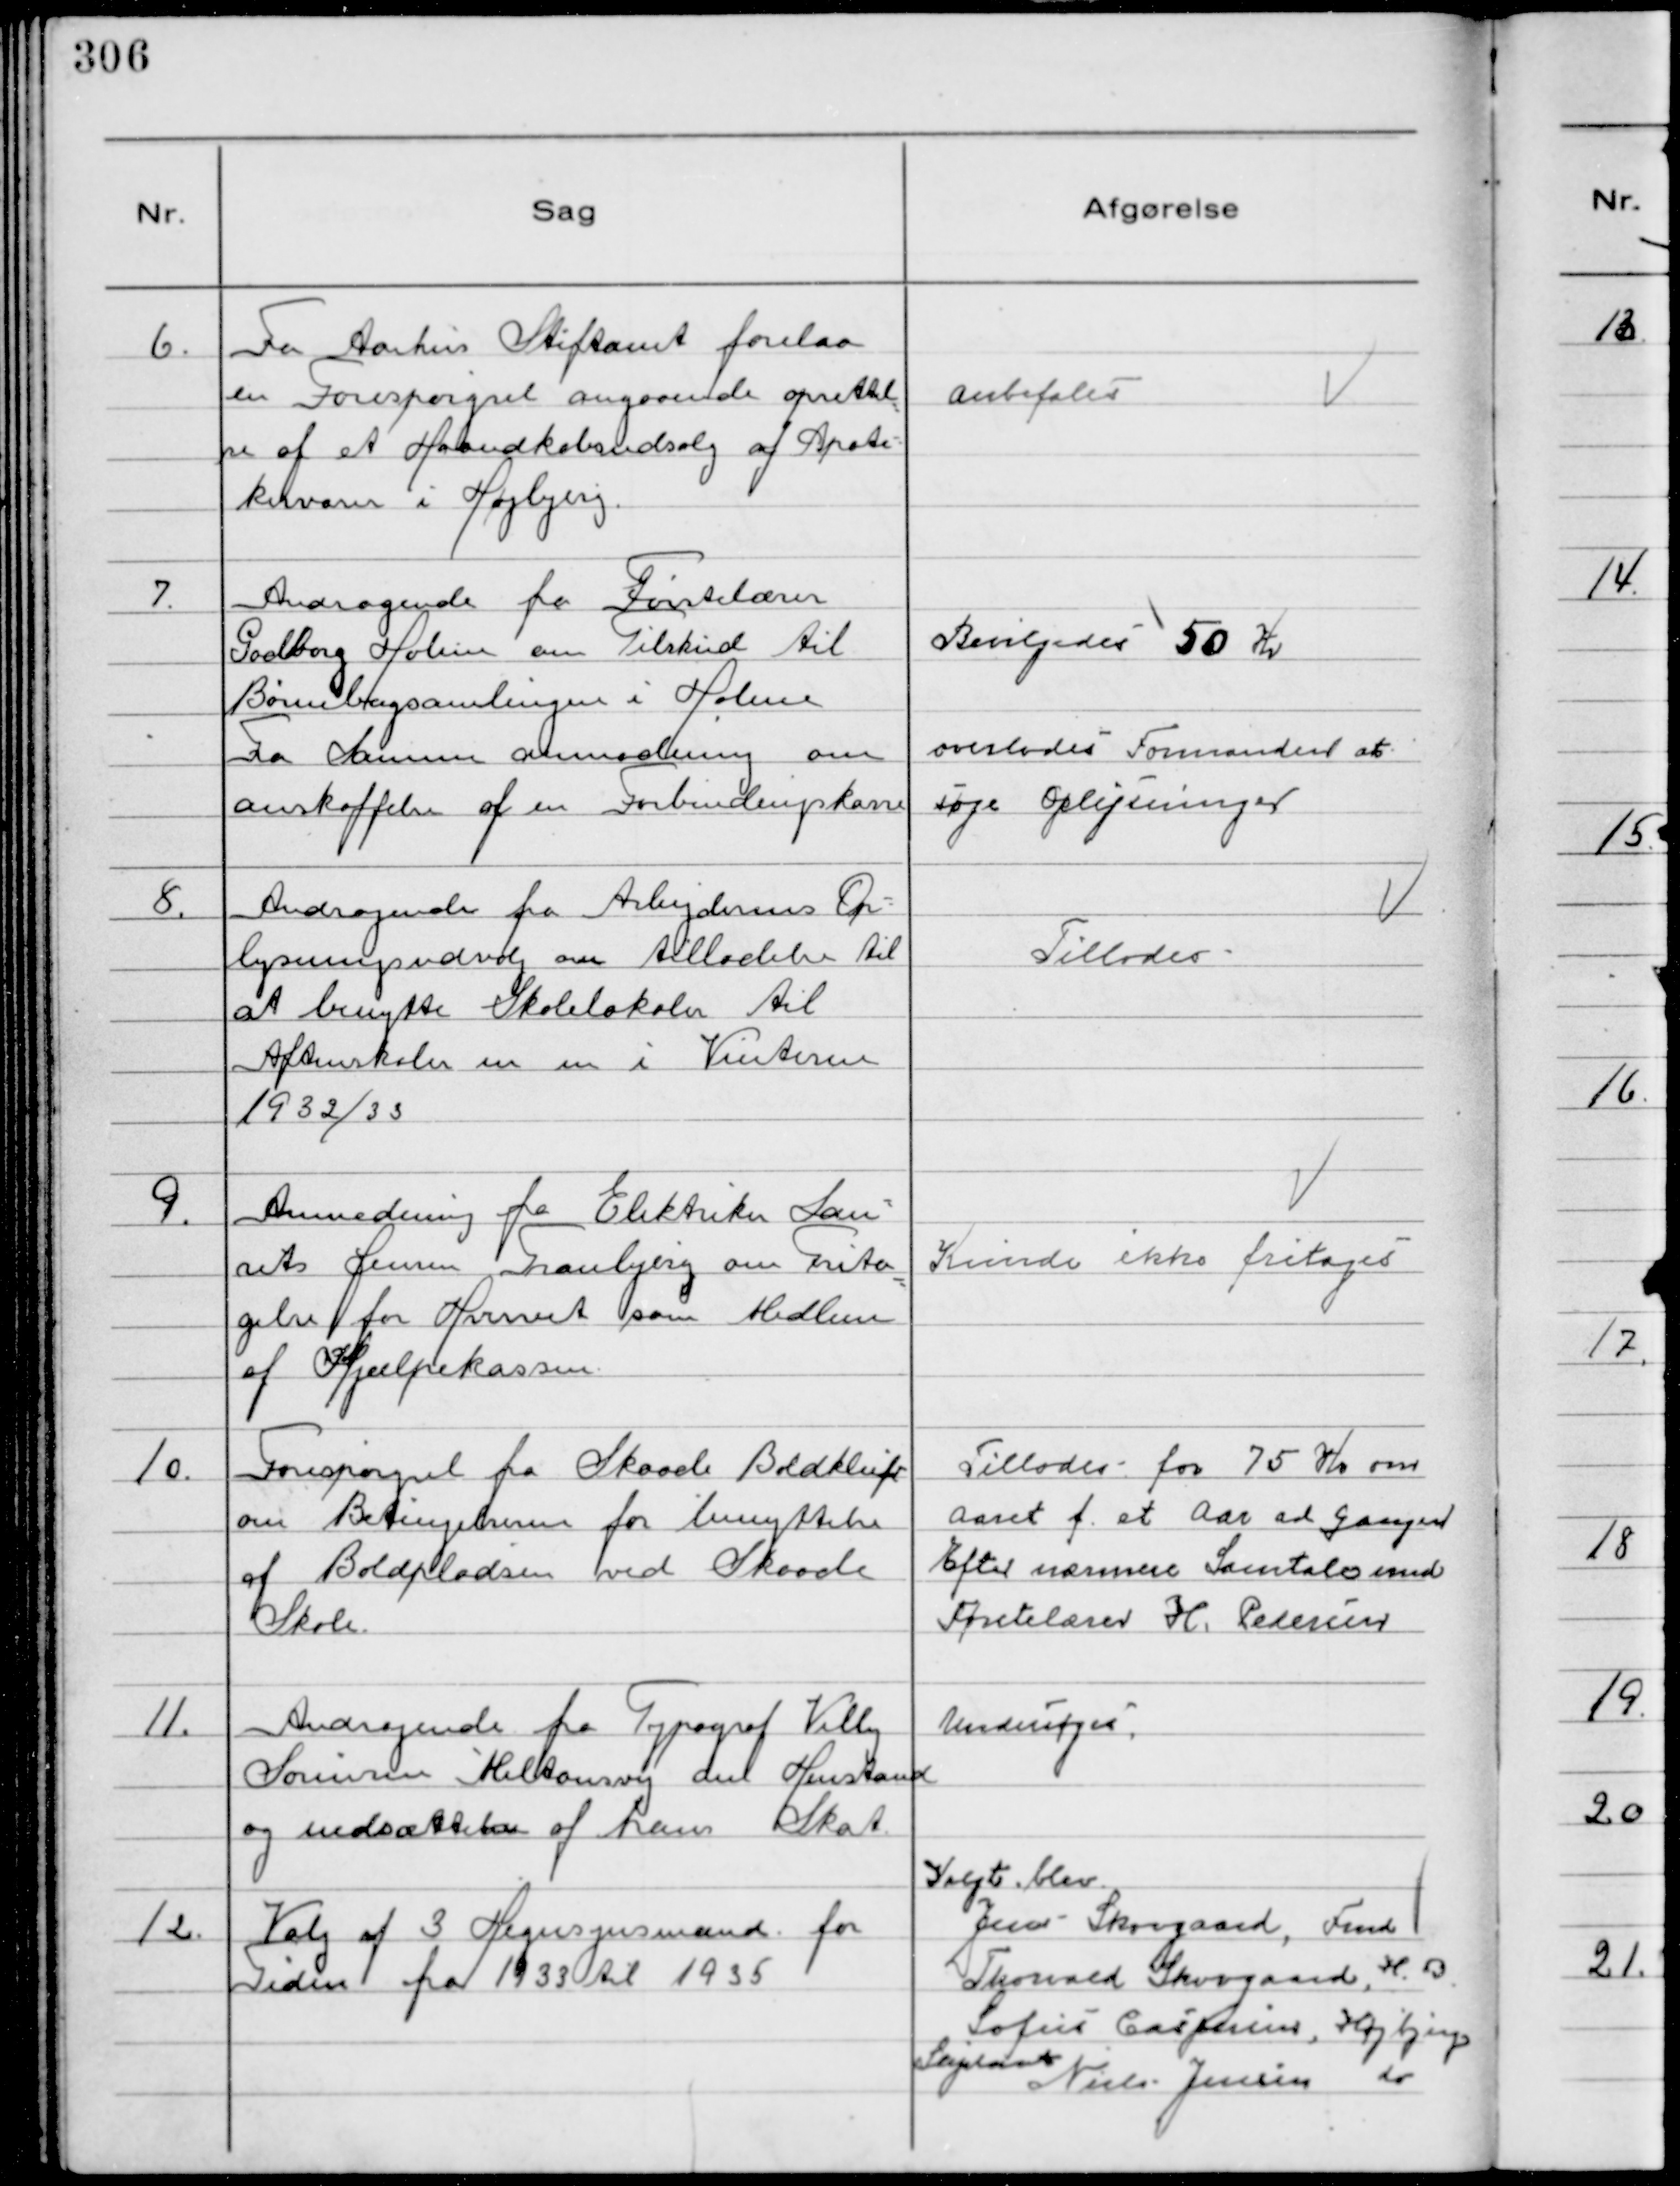
Transskription:
6.
Fra Aarhus Stiftamt forelaa
en Forespørgsel angaaende oprettel
se af et Haandkøbsudsalg af Apote-
kervarer i Højbjerg.

Anbefales

7.
Andragende fra Førstelærer
Godborg Holme om Tilskud til
Børnebogsamlingen i Holme
Fra Samme anmodning om
anskaffelse af en Forbindingskasse

Bevilgedes 50 Kr
overlodes Formanden at
søge Oplysninger

8.
Andragende fra Arbejdernes Op-
lysningsudvalg om tilladelse til
at benytte Skolelokaler til
Aftenskolen m m  i Vinteren
1932/33

Tillodes

9.
Anmodning fra Elektriker Lau-
rits Jensen Tranbjerg om Frita-
gelse for Hvervet som Medlem
af Hjælpekassen

Kunde ikke fritages

10.
Forespørgsel fra Skaade Boldklub
om Betingelserne for benyttelse
af Boldpladsen ved Skaade
Skole.

Tillodes for 75 Kr om
Aaret f. et Aar ad gangen
Efter nærmere Samtale med
Førstelærer H. Pedersen

11.
Andragende fra Typograf Villy
Sørensen Miltonsvej om Henstand
og nedsættelse af hans Skat.

Undersøges

12.
Valg af 3 Hegnsynsmænd for
Tiden fra 1933 til 1935

Valgt blev
Jens Skovgaard, Fmd
Thorvald Skovgaard, H. B.
Sofus Caspersen, Højbjerg
Suplant
Niels Jensen do